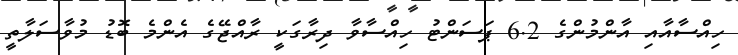
ހިއްސާއާއި އާންމުންގެ 6.2 ޕަސަންޓު ހިއްސާވާ ދިރާގަކީ ރާއްޖޭގެ އެންމެ ބޮޑު މުވާސަލާތީ